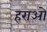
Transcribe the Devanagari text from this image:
हराओ